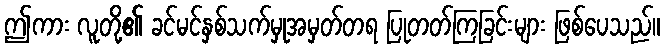
ဤကား လူတို့၏ ခင်မင်နှစ်သက်မှုအမှတ်တရ ပြုတတ်ကြခြင်းများ ဖြစ်ပေသည်။